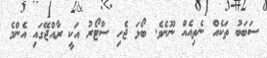
ސަބަބު ތަކެއް ނެތިއެއް ނޫނެވެ. ބޯޅަ ޖެހި ސްޓޯރު އަކީ ރާއްޖޭގައި އެންމެ